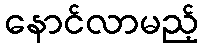
နောင်လာမည့်